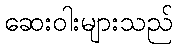
ဆေးဝါးများသည်